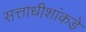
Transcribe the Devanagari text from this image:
सत्ताधीशांकडे